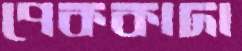
পেককাদা